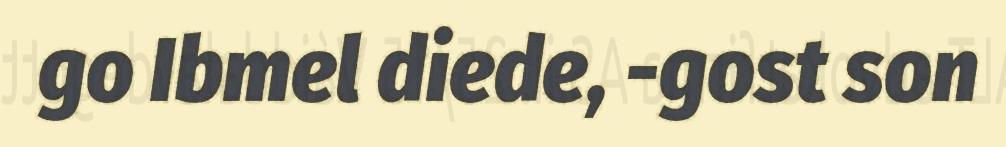
go Ibmel diede, -gost son